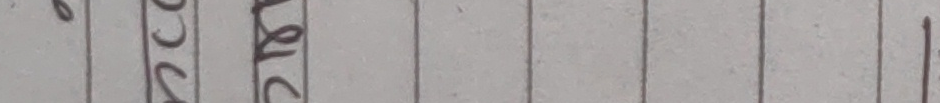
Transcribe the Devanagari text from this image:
२०७८ साले